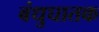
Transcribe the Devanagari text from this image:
बंधुघातक